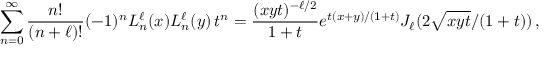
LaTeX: \sum _ { n = 0 } ^ { \infty } \frac { n ! } { ( n + \ell ) ! } ( - 1 ) ^ { n } L _ { n } ^ { \ell } ( x ) L _ { n } ^ { \ell } ( y ) \, t ^ { n } = \frac { ( x y t ) ^ { - \ell / 2 } } { 1 + t } e ^ { t ( x + y ) / ( 1 + t ) } J _ { \ell } ( 2 \sqrt { x y t } / ( 1 + t ) ) \, ,